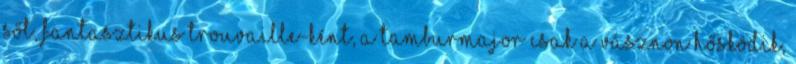
Sőt, fantasztikus trouvaille-ként, a Tamburmajor csak a vásznon hősködik,